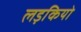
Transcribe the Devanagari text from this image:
लड़कियो